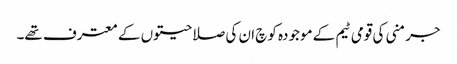
جرمنی کی قومی ٹیم کے موجودہ کوچ ان کی صلاحیتوں کے معترف تھے۔